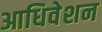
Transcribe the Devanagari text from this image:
आधिवेशन